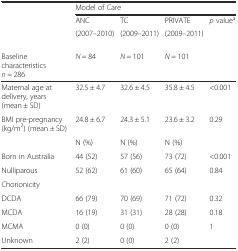
<table><thead><tr><td></td><td colspan="4"><b>Model of Care</b></td></tr><tr><td></td><td><b>ANC</b></td><td><b>TC</b></td><td><b>PRIVATE</b></td><td rowspan="2"><b><i>p</i> value<sup>a</sup></b></td></tr><tr><td></td><td><b>(2007–2010)</b></td><td><b>(2009–2011)</b></td><td><b>(2009–2011)</b></td></tr><tr><td><b>Baseline characteristics <i>n</i> = 286</b></td><td><b><i>N</i> = 84</b></td><td><b><i>N</i> = 101</b></td><td><b><i>N</i> = 101</b></td><td></td></tr></thead><tbody><tr><td>Maternal age at delivery, years (mean ± SD)</td><td>32.5 ± 4.7</td><td>32.6 ± 4.5</td><td>35.8 ± 4.5</td><td>&lt;0.001</td></tr><tr><td>BMI pre-pregnancy (kg/m<sup>2</sup>) (mean ± SD)</td><td>24.8 ± 6.7</td><td>24.3 ± 5.1</td><td>23.6 ± 3.2</td><td>0.29</td></tr><tr><td></td><td>N (%)</td><td>N (%)</td><td>N (%)</td><td></td></tr><tr><td>Born in Australia</td><td>44 (52)</td><td>57 (56)</td><td>73 (72)</td><td>&lt;0.001</td></tr><tr><td>Nulliparous</td><td>52 (62)</td><td>61 (60)</td><td>65 (64)</td><td>0.84</td></tr><tr><td>Chorionicity</td><td colspan="4"></td></tr><tr><td>DCDA</td><td>66 (79)</td><td>70 (69)</td><td>71 (72)</td><td>0.32</td></tr><tr><td>MCDA</td><td>16 (19)</td><td>31 (31)</td><td>28 (28)</td><td>0.18</td></tr><tr><td>MCMA</td><td>0 (0)</td><td>0 (0)</td><td>0 (0)</td><td>1</td></tr><tr><td>Unknown</td><td>2 (2)</td><td>0 (0)</td><td>2 (2)</td><td></td></tr></tbody></table>